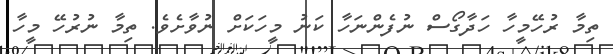
ތިމާ ރުހޭމީހާ ހަދާގޯސް ނުފެންނަހާ ކަނު މީހަކަށް ނުވާށެވެ. ތިމާ ނުރުހޭ މީހާ